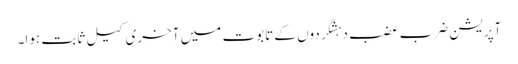
آپریشن ضربِ عضب دہشگردوں کے تابوت میں آخری کیل ثابت ہوا۔